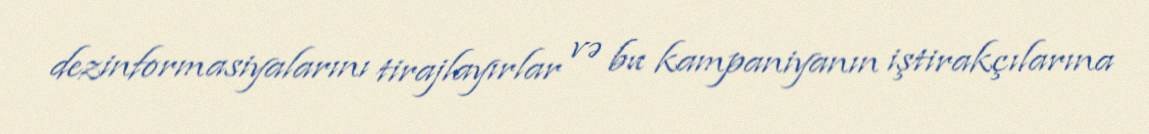
dezinformasiyalarını tirajlayırlar və bu kampaniyanın iştirakçılarına